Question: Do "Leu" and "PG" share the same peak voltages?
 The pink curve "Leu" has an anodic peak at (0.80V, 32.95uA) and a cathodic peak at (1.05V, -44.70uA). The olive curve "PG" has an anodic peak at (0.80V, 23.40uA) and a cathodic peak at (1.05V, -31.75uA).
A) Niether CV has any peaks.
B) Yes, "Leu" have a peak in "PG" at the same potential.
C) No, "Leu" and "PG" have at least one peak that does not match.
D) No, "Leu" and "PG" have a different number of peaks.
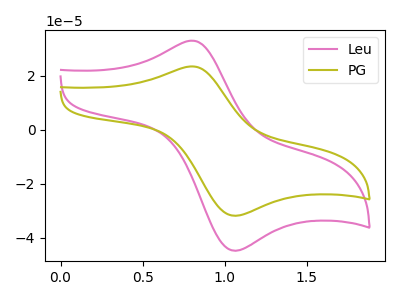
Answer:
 <answer>B) Yes, "Leu" have a peak in "PG" at the same potential.</answer>
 <eval>B</eval>